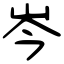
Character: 岑